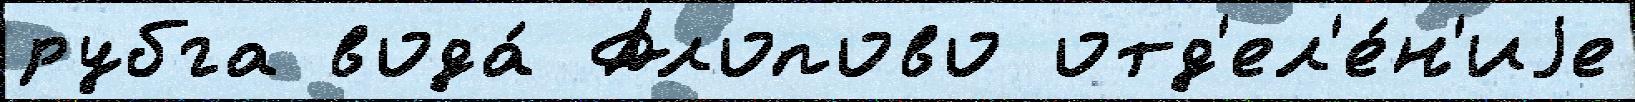
рубга вода́ Алопово отд'ел'е́н'иjе